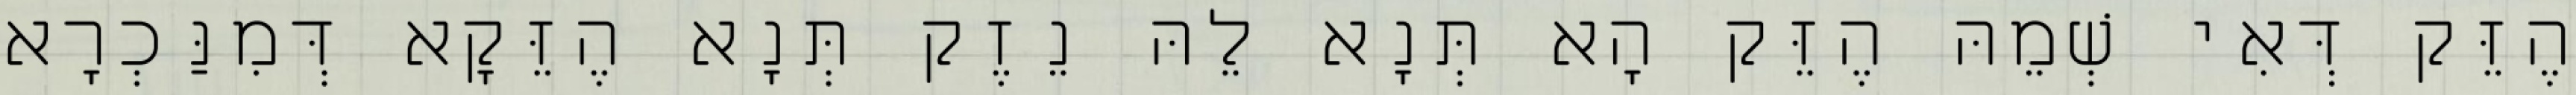
הֶזֵּק דְּאִי שְׁמֵהּ הֶזֵּק הָא תְּנָא לֵהּ נֵזֶק תְּנָא הֶזֵּקָא דְּמִנַּכְרָא